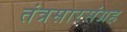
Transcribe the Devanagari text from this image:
तंत्रसारसंग्रह